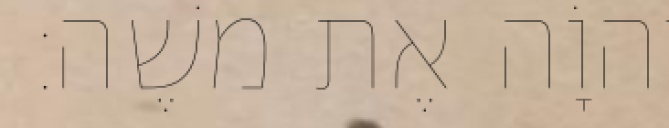
יְהוָֹה אֶת משֶׁה׃